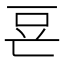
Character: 䜳